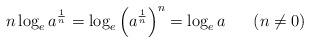
LaTeX: \begin{align*}n \log_e a^\frac 1n = \log_e {\left(a^\frac 1n\right)}^n =\log_e a \;\;\;\;\;\;(n \neq 0)\end{align*}